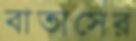
বাতাসের